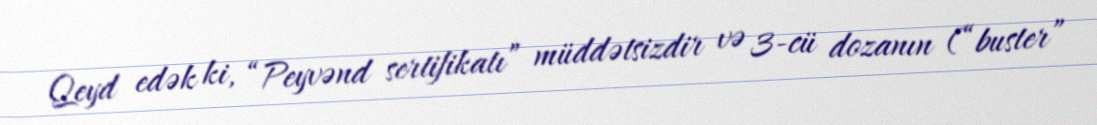
Qeyd edək ki, “Peyvənd sertifikatı” müddətsizdir və 3-cü dozanın (“buster”